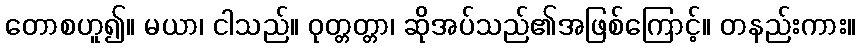
တောစဟူ၍။ မယာ၊ ငါသည်။ ဝုတ္တတ္တာ၊ ဆိုအပ်သည်၏အဖြစ်ကြောင့်။ တနည်းကား။